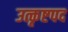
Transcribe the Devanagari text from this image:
उत्कृष्टपद